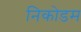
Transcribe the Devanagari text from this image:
निकोडम